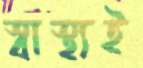
স্বাস্থ্যই